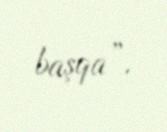
başqa”.